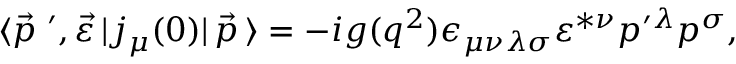
\langle { \vec { p } } \; ^ { \prime } , \vec { \varepsilon } \, | j _ { \mu } ( 0 ) | \, \vec { p } \, \rangle = - i g ( q ^ { 2 } ) \epsilon _ { \mu \nu \lambda \sigma } \varepsilon ^ { * \nu } p ^ { \prime \lambda } p ^ { \sigma } ,